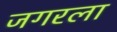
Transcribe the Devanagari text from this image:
जगरला